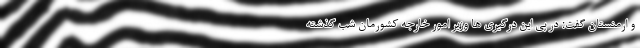
و ارمنستان گفت: در پی این درگیری ها وزیر امور خارجه کشورمان شب گذشته